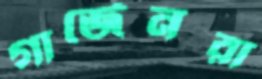
গার্জেনরা